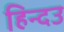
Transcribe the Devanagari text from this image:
हिन्दउ